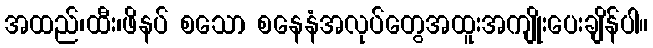
အထည်၊ထီး၊ဖိနပ် စသော စနေနံအလုပ်တွေအထူးအကျိုးပေးချိန်ပါ။